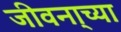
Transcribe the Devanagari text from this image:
जीवना्च्या